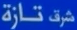
تازة شرف